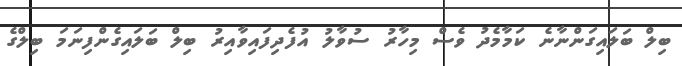
ބިލް ބަލައިގަންނާނެ ކަމާމެދު ވެސް މިހާރު ސުވާލު އުފެދިފައިވާއިރު ބިލް ބަލައިގެންފިނަމަ ބިލްގެ